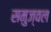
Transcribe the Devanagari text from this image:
समुज्वल